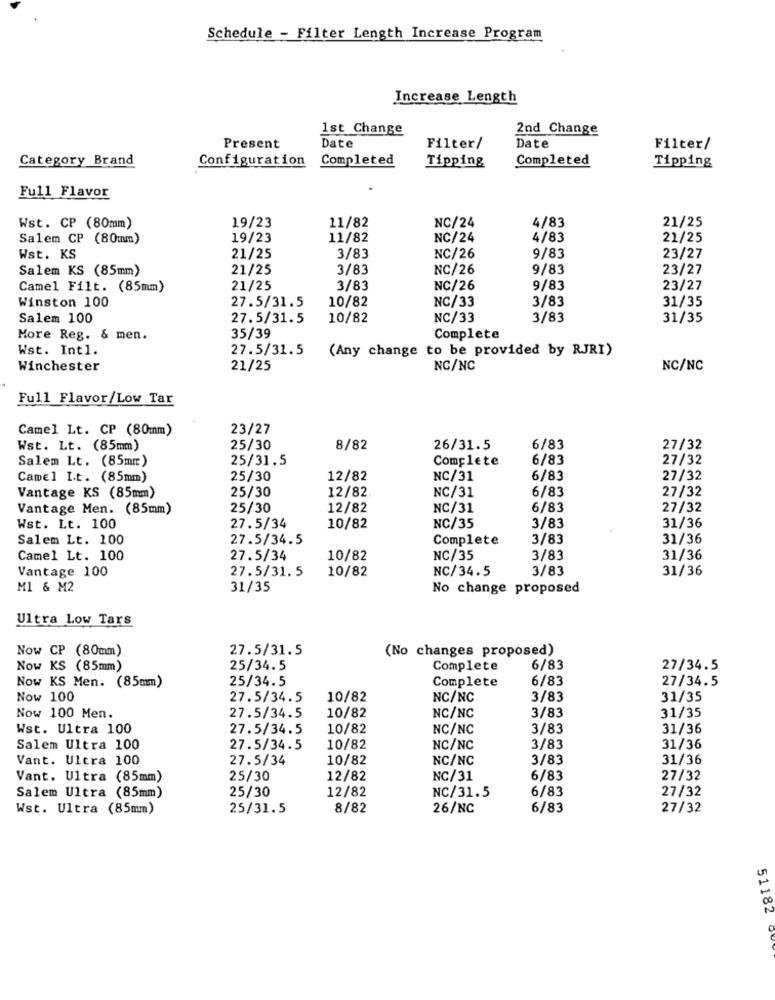
Schedule - Filter Length Increase Program
Increase Length
1st Change
2nd Change
Present
Date
Filter/
Date
Filter/
Category Brand
Completed
Completed
Configuration
Tipping
Tipping
Full Flavor
Wst. CP (80mm)
11/82
NC/24
4/83
21/25
19/23
Salem CP (80mm)
19/23
11/82
NC/24
4/83
21/25
Wst. KS
21/25
3/83
NC/26
9/83
23/27
Salem KS (85mm)
21/25
3/83
NC/26
9/83
23/27
Camel Filt. (85mm)
21/25
3/83
NC/26
9/83
23/27
10/82
NC/33
3/83
31/35
Winston 100
27.5/31.5
Salem 100
27.5/31.5
10/82
NC/33
3/83
31/35
More Reg. & men.
35/39
Complete
Wst. Intl.
27.5/31.5
(Any change to be provided by RJRI)
Winchester
21/25
NG/NC
NC/NC
Full Flavor/Low Tar
Camel Lt. CP (80mm)
23/27
Wst. Lt. (85mm)
25/30
8/82
26/31.5
6/83
27/32
Salem Lt. (85mm)
25/31.5
Complete
6/83
27/32
Camel I.t. (85mm)
25/30
12/82
NC/31
6/83
27/32
25/30
12/82
6/83
27/32
Vantage KS (85mm)
NC/31
Vantage Men. (85mm)
25/30
12/82
NC/31
6/83
27/32
Wst. Lt. 100
27.5/34
10/82
NC/35
3/83
31/36
Salem Lt. 100
27.5/34.5
Complete
3/83
31/36
Camel Lt. 100
27.5/34
10/82
NC/35
3/83
31/36
27.5/31. 5
10/82
NC/34.5
3/83
31/36
Vantage 100
M1 & M2
31/35
No change proposed
Ultra Low Tars
Now CP (80mm)
27.5/31.5
(No changes proposed)
Now KS (85mm)
25/34.5
Complete
6/83
27/34.5
Now KS Men. (85mm)
25/34.5
Complete
6/83
27/34.5
Now 100
27.5/34.5
10/82
NC/NC
3/83
31/35
Now 100 Men.
27.5/34.5
10/82
NC/NC
3/83
31/35
Wst. Ultra 100
27.5/34.5
10/82
NC/NC
3/83
31/36
Salem Ultra 100
27.5/34.5
10/82
NC/NC
3/83
31/36
Vant. Ultra 100
27.5/34
10/82
NC/NC
3/83
31/36
Vant. Ultra (85mm)
25/30
12/82
NC/31
6/83
27/32
Salem Ultra (85mm)
25/30
12/82
NC/31.5
6/83
27/32
Wst. Ultra (85mm)
25/31.5
8/82
26/NC
6/83
27/32
51182 0